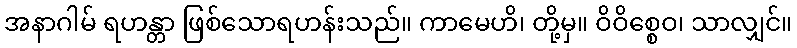
အနာဂါမ် ရဟန္တာ ဖြစ်သောရဟန်းသည်။ ကာမေဟိ၊ တို့မှ။ ဝိဝိစ္စေဝ၊ သာလျှင်။